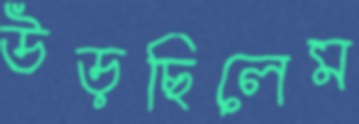
উড়ছিলেম